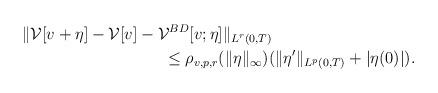
LaTeX: \begin{align*}&\quad\ \|\mathcal{V}[v+\eta] - \mathcal{V}[v] - \mathcal{V}^{BD}[v;\eta]\|_{L^r(0,T)}\\ &\qquad\qquad\qquad\qquad\qquad\le \rho_{v,p,r}(\|\eta\|_{\infty}) (\|\eta'\|_{L^p(0,T)} + |\eta(0)|) .\end{align*}